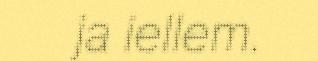
ja iellem.